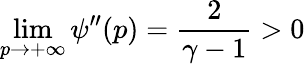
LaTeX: \operatorname*{lim}_{p\to+\infty}\psi^{\prime\prime}(p)=\frac{2}{\gamma-1}>0